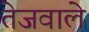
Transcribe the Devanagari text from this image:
तेजवाले